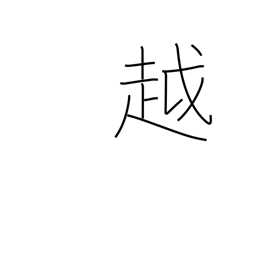
Meaning: move to